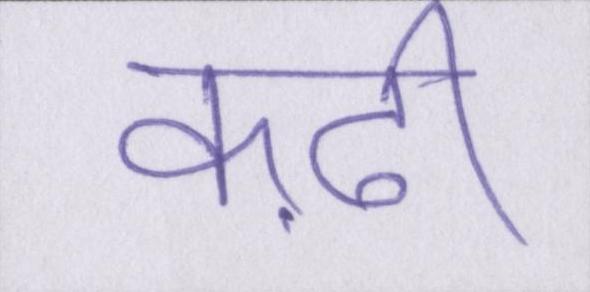
कढ़ी